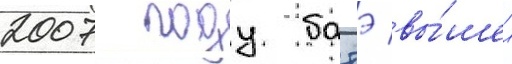
2007 году батэ вы́шел